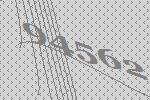
94562